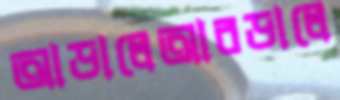
আড়ালেআবডালে